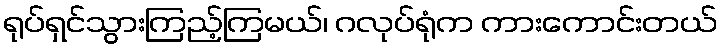
ရုပ်ရှင်သွားကြည့်ကြမယ်၊ ဂလုပ်ရုံက ကားကောင်းတယ်